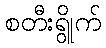
စတီးရွိုက်